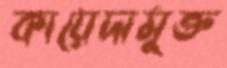
কায়েদামুক্ত